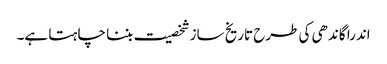
اندرا گاندھی کی طرح تاریخ ساز شخصیت بننا چا ہتا ہے۔